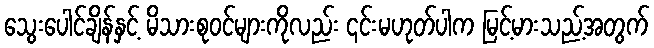
သွေးပေါင်ချိန်နှင့် မိသားစုဝင်များကိုလည်း ၎င်းမဟုတ်ပါက မြင့်မားသည့်အတွက်